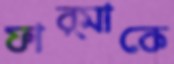
ফার্মাকে